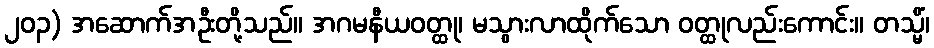
၂၀၃) အဆောက်အဦးတို့သည်။ အဂမနီယဝတ္ထု၊ မသွားလာထိုက်သော ဝတ္ထုလည်းကောင်း။ တသ္မိံ၊